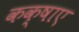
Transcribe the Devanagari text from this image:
कक्षाए